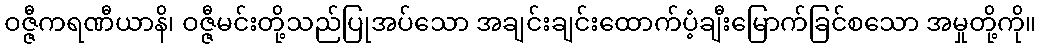
ဝဇ္ဇီကရဏီယာနိ၊ ဝဇ္ဇီမင်းတို့သည်ပြုအပ်သော အချင်းချင်းထောက်ပံ့ချီးမြောက်ခြင်စသော အမှုတို့ကို။